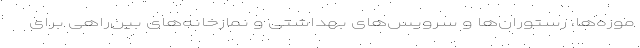
موزه‌ها، رستوران‌ها و سرویس‌های بهداشتی و نمازخانه‌های بین‌راهی برای